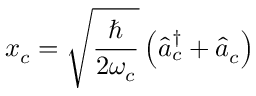
x _ { c } = \sqrt { \frac { \hbar } { 2 \omega _ { c } } } \left( \hat { a } _ { c } ^ { \dagger } + \hat { a } _ { c } \right)